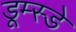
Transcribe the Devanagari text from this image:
डूम्स्डे